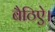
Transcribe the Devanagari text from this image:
बैठिऐ।